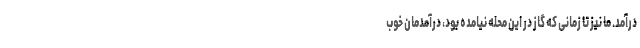
درآمد. ما نیز تا زمانی که گاز در این محله نیامده بود، درآمدمان خوب